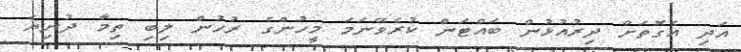
އަދި އެގޮތަށް ދިރުއުޅުން ބައްޓަން ކުރެވޭނަމަ މީހުންގެ ރުހުން ލިބި ތިމާ ދުނިޔެ